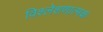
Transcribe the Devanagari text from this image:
विश्लेशणात्मक